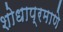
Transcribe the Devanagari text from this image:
शोधाप्रमाणे